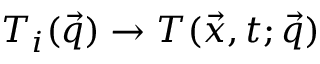
T _ { i } ( \vec { q } ) \to T ( \vec { x } , t ; \vec { q } )